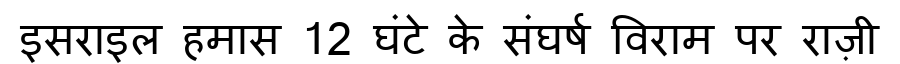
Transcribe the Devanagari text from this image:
इसराइल हमास 12 घंटे के संघर्ष विराम पर राज़ी